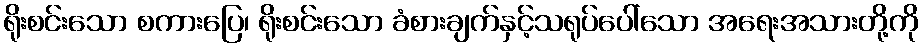
ရိုးစင်းသော စကားပြေ၊ ရိုးစင်းသော ခံစားချက်နှင့်သရုပ်ပေါ်သော အရေးအသားတို့ကို